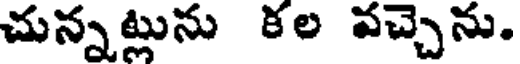
చున్నట్లును కల వచ్చెను.